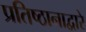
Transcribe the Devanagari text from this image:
प्रतिष्ठानाद्वारे